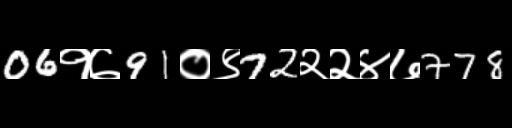
Text: 06१७91०९72२२४७778